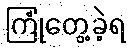
ကြုံတွေ့ခဲ့ရ